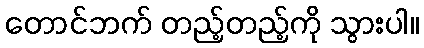
တောင်ဘက် တည့်တည့်ကို သွားပါ။